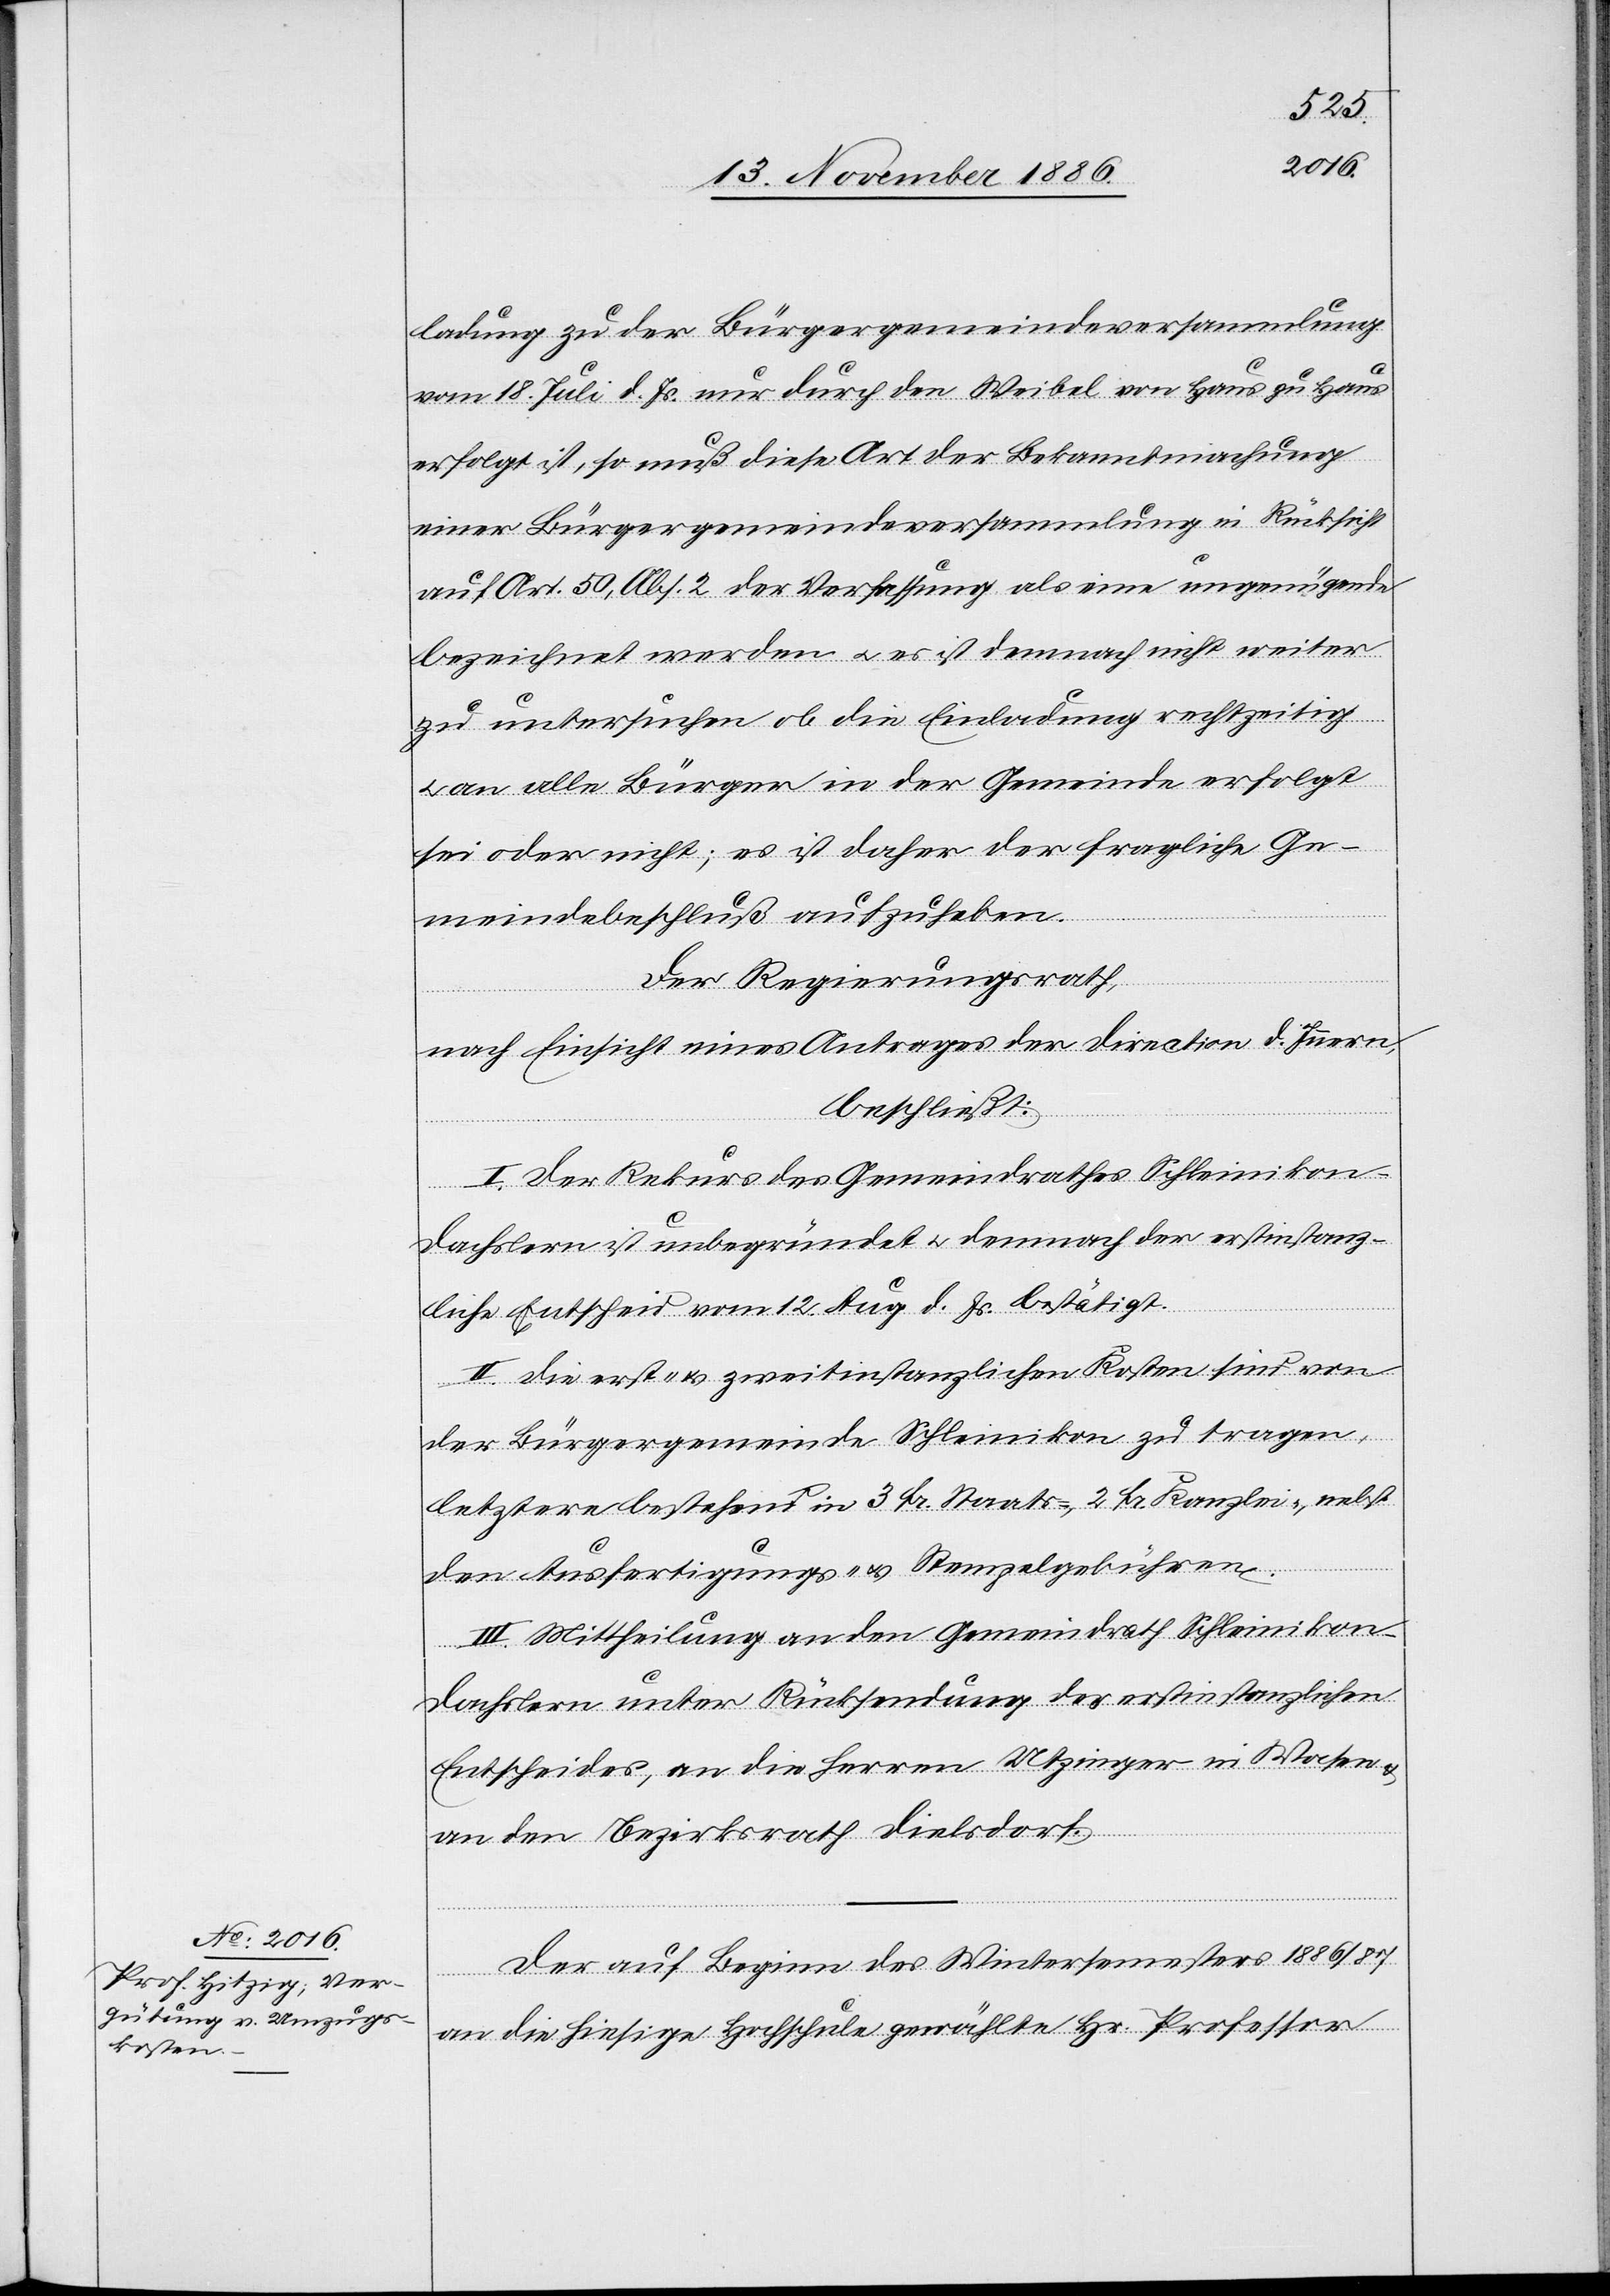
ladung zu der Bürgergemeindeversammlung
vom 18. Juli d. Js. nur durch den Weibel von Haus zu Haus
erfolgt ist, so muß diese Art der Bekanntmachung
einer Bürgergemeindeversammlung in Rücksicht
auf Art. 50, Abs. 2 der Verfassung als eine ungenügende
bezeichnet werden & es ist demnach nicht weiter
zu untersuchen ob die Einladung rechtzeitig
an alle Bürger in der Gemeinde erfolgt
sei oder nicht; es ist daher der fragliche Ge¬
meindebeschluß aufzuheben.
Der Regierungsrath,
nach Einsicht eines Antrages der Direction d. Innern,
beschließt:
I. Der Rekurs des Gemeindrathes Schleiniko¬
n-Dachslern ist unbegründet & demnach der erstinstanz¬
liche Entscheid vom 12. Aug. d. Js. bestätigt.
II. Die erst- & zweitinstanzlichen Kosten sind von
der Bürgergemeinde Schleinikon zu tragen,
letztere bestehend in 3 Fr. Staats-, 2 Fr. Kanzlei-, nebst
den Ausfertigungs- & Stempelgebühren.
III. Mittheilung an den Gemeindrath Schleinikon-D¬
achslern unter Rücksendung des erstinstanzlichen
Entscheides, an die Herren Utzinger in Wasen
an den Bezirksrath Dielsdorf.
Der auf Beginn des Wintersemesters 1886/87
an die hiesige Hochschule gewählte Hr. Professor